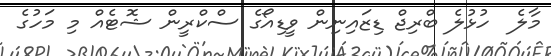
މާލެ  ހުޅުލެ ބްރިޖް ޑިޒައިނިން ވީޑިއޯގެ ސްކްރީން ޝޮޓެއް މި މަހުގެ